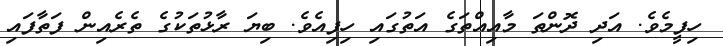
ހިފީމެވެ. އަދި ދޮންތަ މާއިއްތަގެ އަތުގައި ހިފިއެވެ. ބިޔަ ރާޅުތަކުގެ ތެރެއިން ފަތާފައި